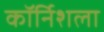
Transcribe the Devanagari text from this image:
कॉर्निशला